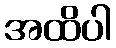
အထိပါ